Leningradi_Edasi_toimetus, lk 27
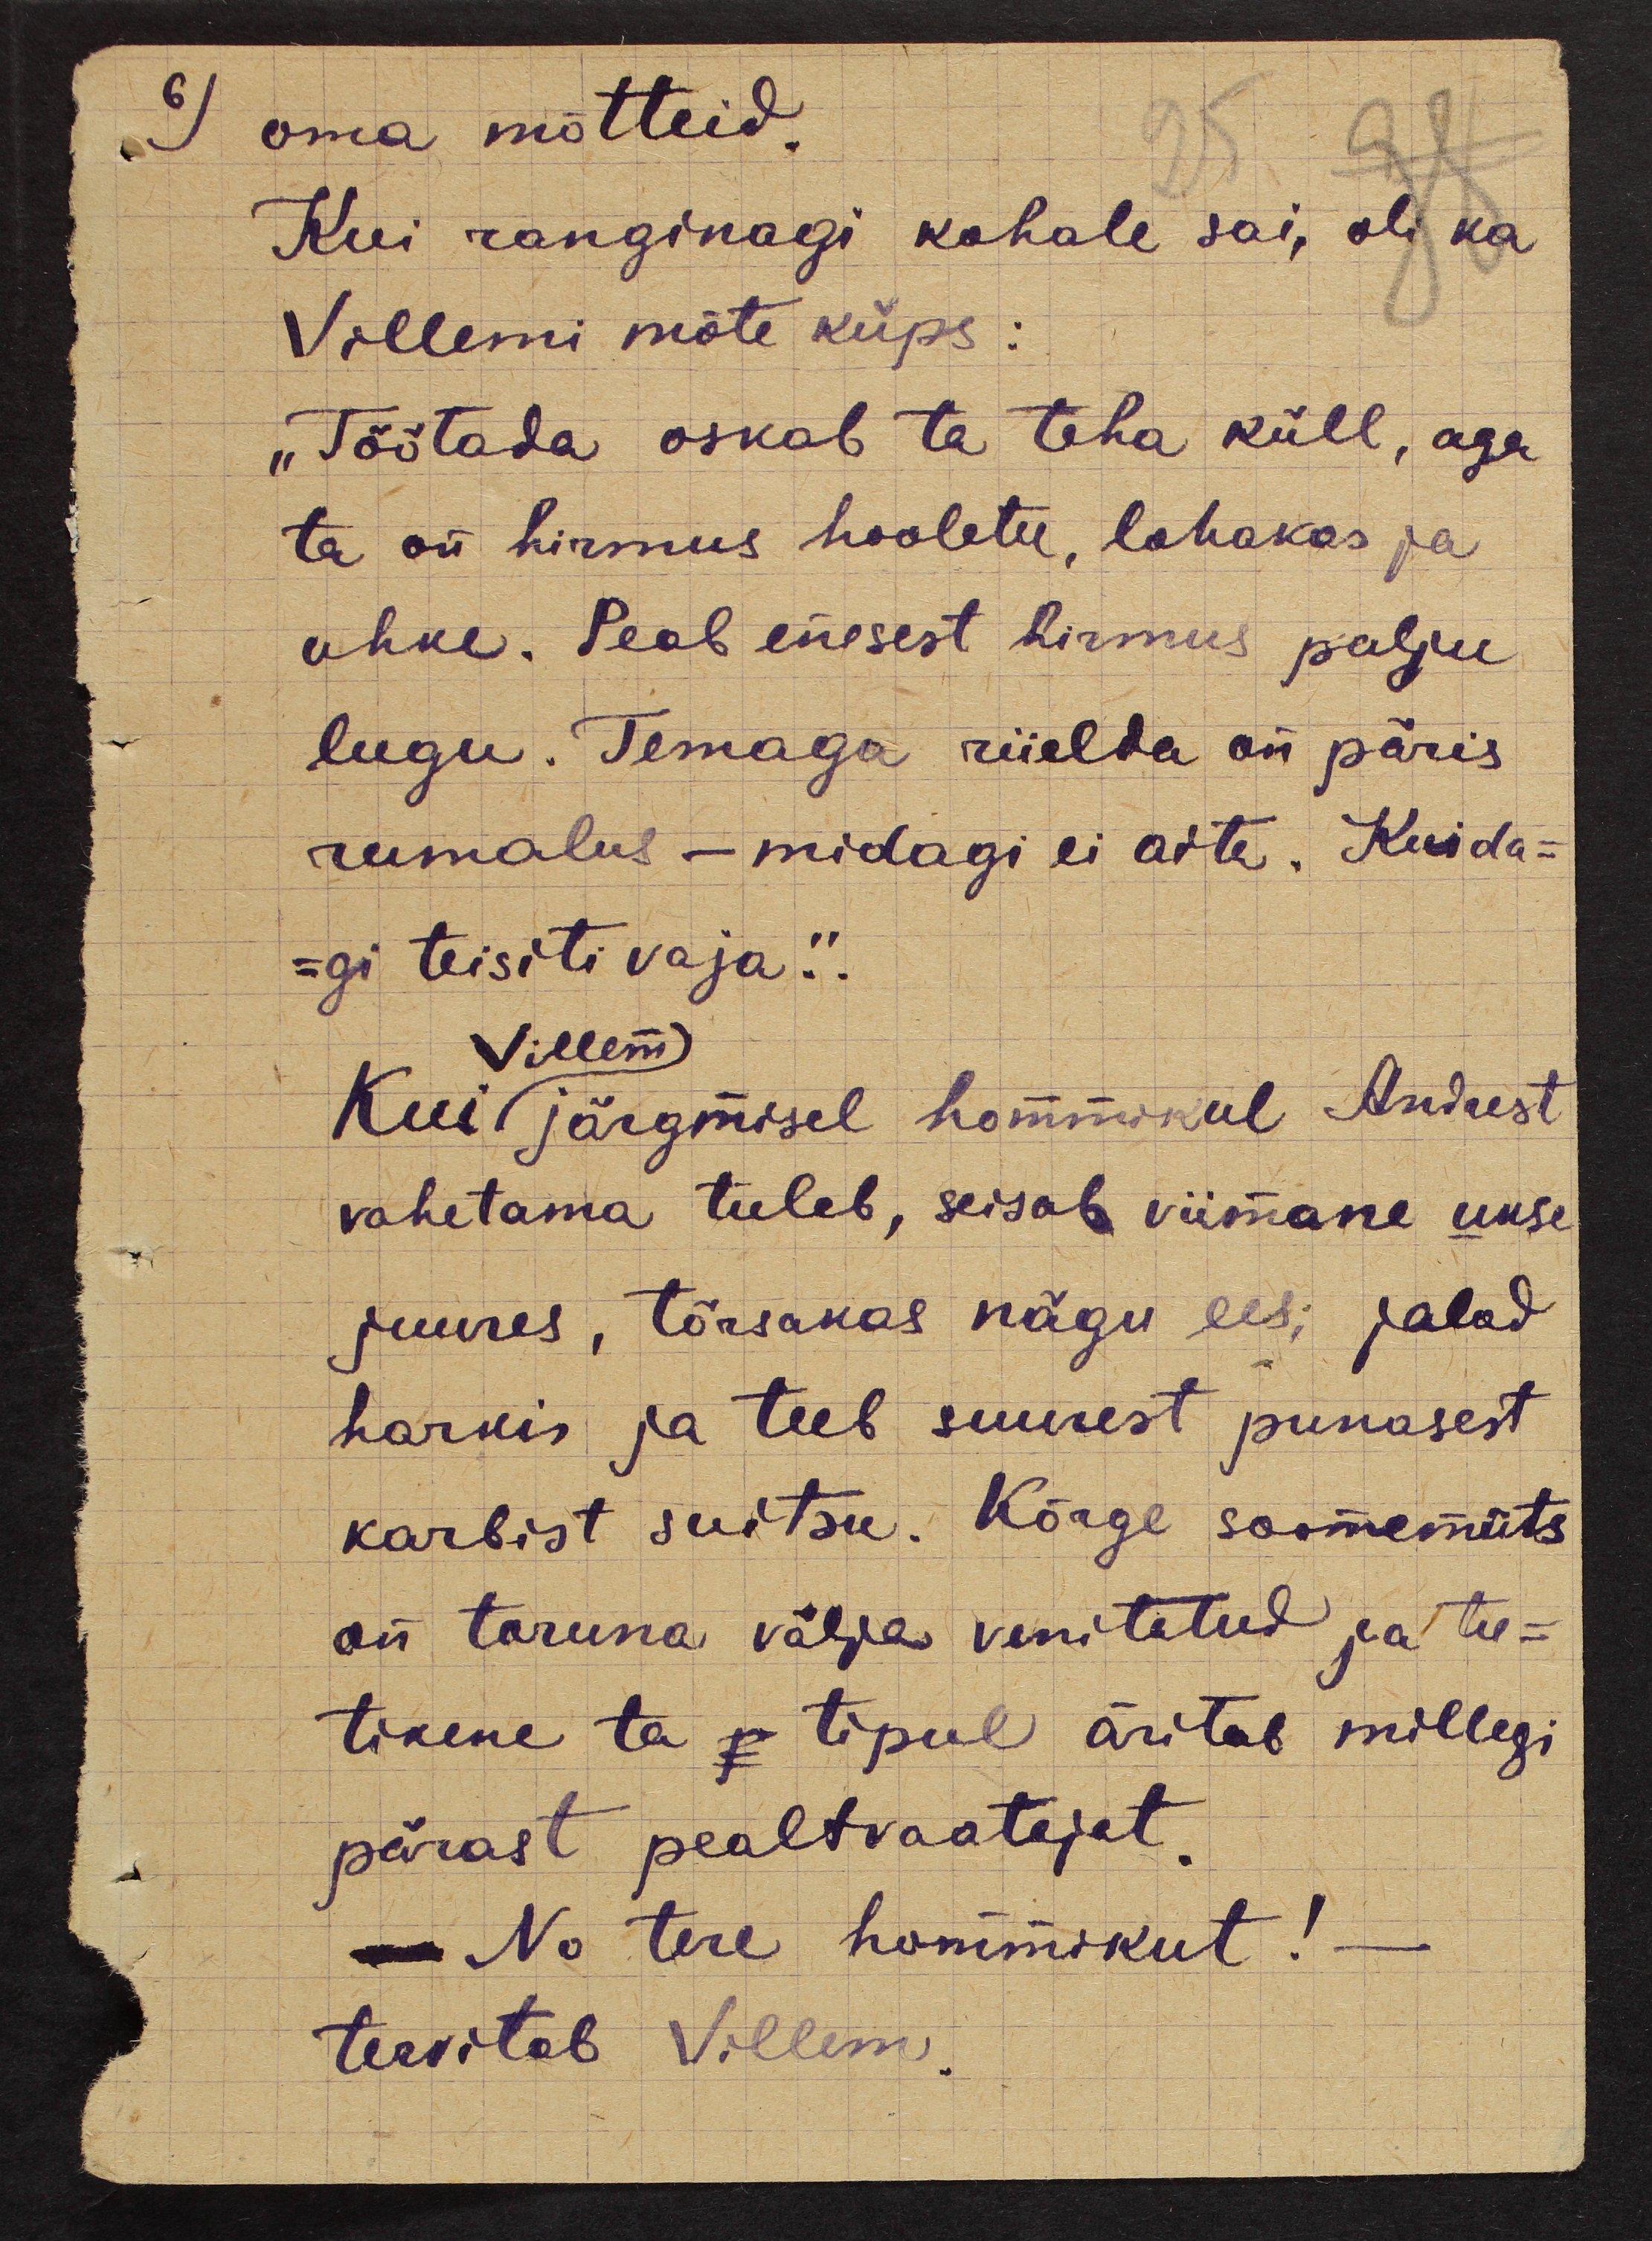
6)

oma mõtteid.
Kui ranginagi kohale sai, oli ka
Villemi mõte küps:
„Töötada oskab ta teha küll, aga
ta on hirmus hooletu, lohakas ja
uhke. Peab enesest hirmus palju
lugu. Temaga riielda on päris
rumalus - midagi ei aita. Kuida-
-gi teisiti vaja.“.
Villem
Kui järgmisel hommikul Andrest
vahetama tuleb, seisab viimane ukse
juures, tõrsakas nägu ees; jalad
harkis ja teeb suurest punasest
karbist suitsu. Kõrge soomemüts
on toruna välja venitatud ja tu-
tikene ta p tipul äritab millegi
pärast pealtvaatajat.
- No tere hommikut! -
tervitab Villem.